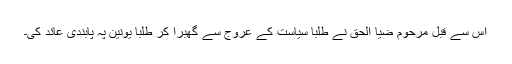
اس سے قبل مرحوم ضیا الحق نے طلبا سیاست کے عروج سے گھبرا کر طلبا یونین پہ پابندی عائد کی۔